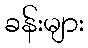
ခန်းများ